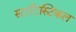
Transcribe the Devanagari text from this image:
स्टाटिस्टिकल